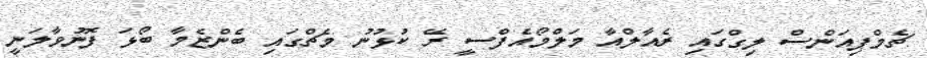
ޗެމްޕިއަންސް ލިގްގައި ރެއާލްއާ މަލްމޯއެފްސީ ރޭ ކުޅުނު މެޗްގައި ބެންޒެމާ ބޯޅަ ފޮނުވާލަނީ